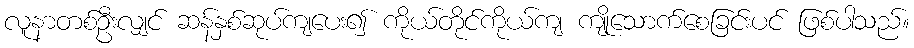
လူနာတစ်ဦးလျှင် ဆန်နှစ်ဆုပ်ကျပေး၍ ကိုယ်တိုင်ကိုယ်ကျ ကျိုသောက်စေခြင်းပင် ဖြစ်ပါသည်။